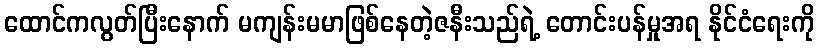
ထောင်ကလွတ်ပြီးနောက် မကျန်းမမာဖြစ်နေတဲ့ဇနီးသည်ရဲ့ တောင်းပန်မှုအရ နိုင်ငံရေးကို